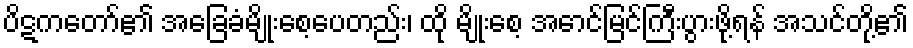
ပိဋကတော်၏ အခြေခံမျိုးစေ့ပေတည်း၊ ထို မျိုးစေ့ အောင်မြင်ကြီးပွားဖို့ရန် အသင်တို့၏